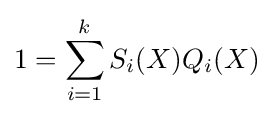
1=\sum _{i=1}^{k}S_{i}(X)Q_{i}(X)